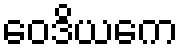
ဝေဒိယကေ